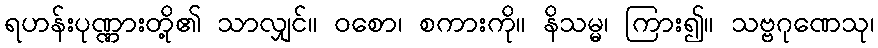
ရဟန်းပုဏ္ဏားတို့၏ သာလျှင်။ ဝစော၊ စကားကို။ နိသမ္မ၊ ကြား၍။ သဗ္ဗဂုဏေသု၊